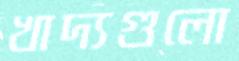
খাদ্যগুলো